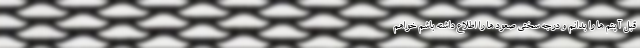
قبل آیتم ها را بدانم و درجه سختی صعود ها را اطلاع داشته باشم خواهم